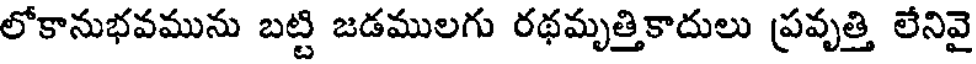
లోకానుభవమును బట్టి జడములగు రథమృత్తికాదులు ప్రవృత్తి లేనివై